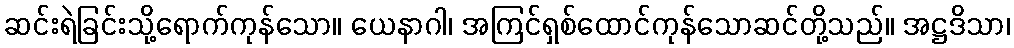
ဆင်းရဲခြင်းသို့ရောက်ကုန်သော။ ယေနာဂါ၊ အကြင်ရှစ်ထောင်ကုန်သောဆင်တို့သည်။ အဋ္ဌဒိသာ၊